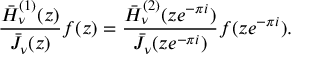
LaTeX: \frac { \bar { H } _ { \nu } ^ { ( 1 ) } ( z ) } { \bar { J } _ { \nu } ( z ) } f ( z ) = \frac { \bar { H } _ { \nu } ^ { ( 2 ) } ( z e ^ { - \pi i } ) } { \bar { J } _ { \nu } ( z e ^ { - \pi i } ) } f ( z e ^ { - \pi i } ) .